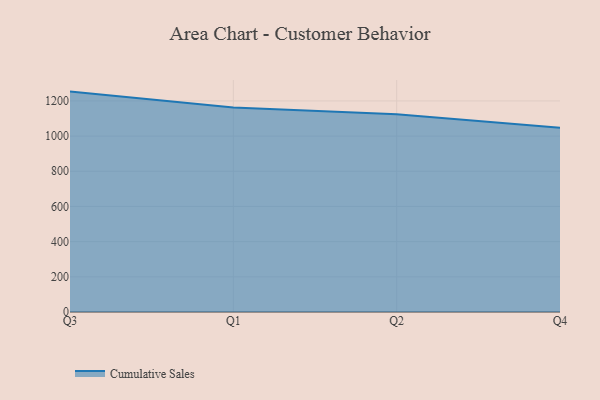
{"axis": {"x": "Quarter", "y": "Customer Acquisition Cost (USD)"}, "legend": ["Cumulative Sales"], "data": [{"x": "Q3", "y": 1252.9, "type": "Cumulative Sales"}, {"x": "Q1", "y": 1162.5, "type": "Cumulative Sales"}, {"x": "Q2", "y": 1124.0, "type": "Cumulative Sales"}, {"x": "Q4", "y": 1047.5, "type": "Cumulative Sales"}]}